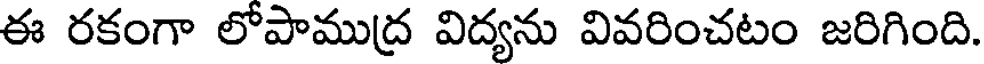
ఈ రకంగా లోపాముద్ర విద్యను వివరించటం జరిగింది.